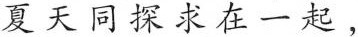
夏天同探求在一起，